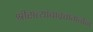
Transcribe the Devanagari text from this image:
श्रीसत्यांबाव्रतांगत्वेन